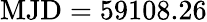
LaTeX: \mathrm{MJD}=59108.26